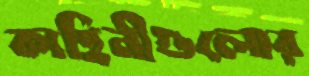
কাহিনীগুলোর